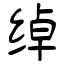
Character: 绰